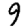
Digit: 9